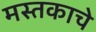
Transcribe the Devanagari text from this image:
मस्तकाचे